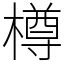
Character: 樽